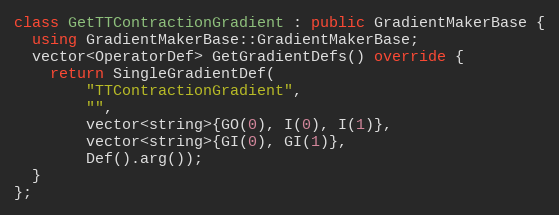
Language: C++
class GetTTContractionGradient : public GradientMakerBase {
  using GradientMakerBase::GradientMakerBase;
  vector<OperatorDef> GetGradientDefs() override {
    return SingleGradientDef(
        "TTContractionGradient",
        "",
        vector<string>{GO(0), I(0), I(1)},
        vector<string>{GI(0), GI(1)},
        Def().arg());
  }
};